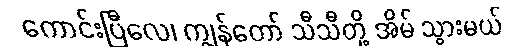
ကောင်းပြီလေ၊ ကျွန်တော် သီသီတို့ အိမ် သွားမယ်